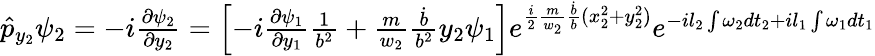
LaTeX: \begin{array}{r}{\hat{p}_{y_{2}}\psi_{2}=-i\frac{\partial\psi_{2}}{\partial y_{2}}=\left[-i\frac{\partial\psi_{1}}{\partial y_{1}}\frac{1}{b^{2}}+\frac{m}{w_{2}}\frac{\dot{b}}{b^{2}}y_{2}\psi_{1}\right]e^{\frac{i}{2}\frac{m}{w_{2}}\frac{\dot{b}}{b}(x_{2}^{2}+y_{2}^{2})}e^{-il_{2}\int\omega_{2}dt_{2}+il_{1}\int\omega_{1}dt_{1}}}\end{array}